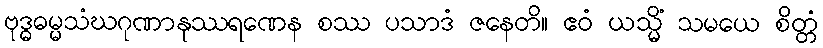
ဗုဒ္ဓဓမ္မသံဃဂုဏာနုဿရဏေန စဿ ပသာဒံ ဇနေတိ။ ဧဝံ ယသ္မိံ သမယေ စိတ္တံ